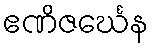
ဧဏိဇင်္ဃေန